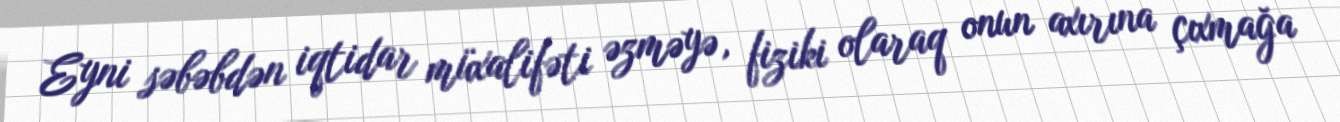
Eyni səbəbdən iqtidar müxalifəti əzməyə, fiziki olaraq onun axırına çıxmağa